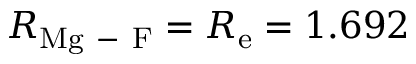
R _ { \mathrm { M g \mathrm { ~ - ~ } F } } = R _ { \mathrm { e } } = 1 . 6 9 2